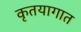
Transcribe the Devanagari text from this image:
कृतयागात